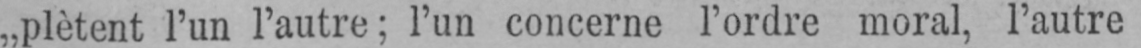
„plètent l’un l’autre; l’un concerne l’ordre moral, l’autre